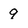
Character: 9